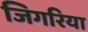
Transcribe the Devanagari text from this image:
जिगरिया